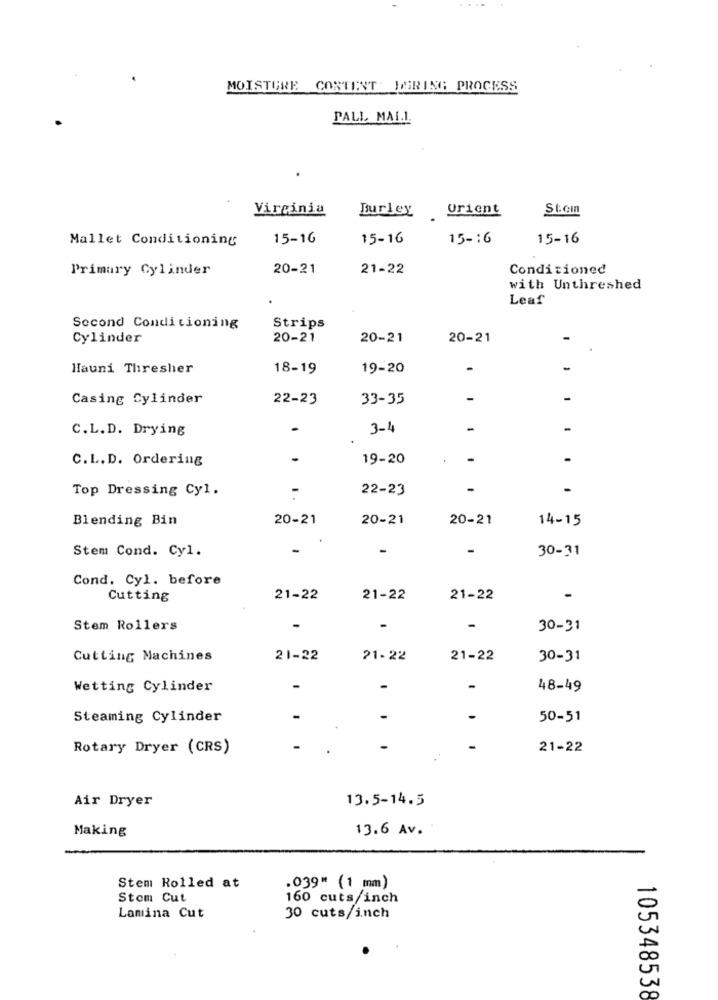
MOISTURE CONTENT. DURING PROCESS
PALL MAI.I.
Virginia
Stem
Burley orient
Mallet Conditioning
15-16
15-16
15-16
15-16
Primary Cylinder
20-21
21-22
Conditioned
with Unthreshed
Leaf
Second Conditioning
Strips
Cylinder
20-21
20-21
20-21
Hauni Thresher
18-19
19-20
-
Casing Cylinder
22-23
33-35
-
-
C.L.D. Drying
3-1
-
C.L.D. Ordering
19-20
-
.
Top Dressing Cyl.
22-23
-
-
Blending Bin
20-21
20-21
20-21
14-15
Stem Cond. Cy1.
-
-
30-31
Cond. Cyl. before
Cutting
21-22
21-22
21-22
-
Stem Rollers
-
30-31
Cutting Machines
21-22
21-22
21-22
30-31
Wetting Cylinder
48-49
Steaming Cylinder
50-51
Rotary Dryer (CRS)
21-22
Air Dryer
13.5-14.5
Making
13.6 Av.
Stem Rolled at
.039" (1 mm)
Stom Cut
160 cuts/inch
Lamina Cut
30 cuts/inch
105348538